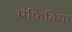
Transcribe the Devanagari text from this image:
एंफ़िबिया